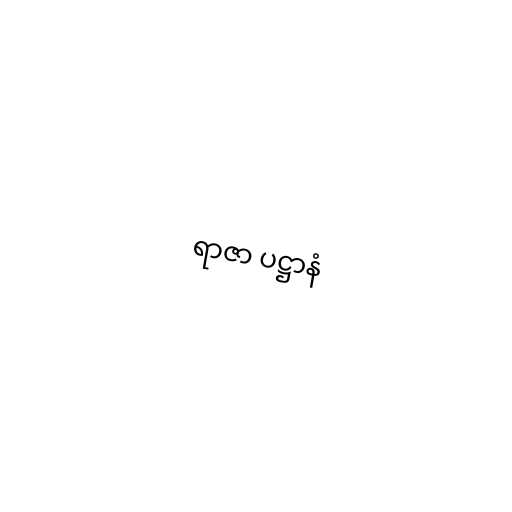
ရာဇာ ပဋ္ဌာနံ